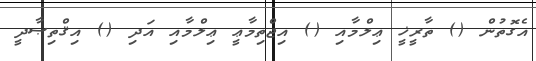
އެގޮތުން () ތާރީޚީ ޢިލްމާއި () އިޖްތިމާޢީ ޢިލްމާއި އަދި () އިޤްތިޞާދީ